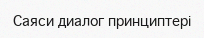
Саяси диалог принциптері